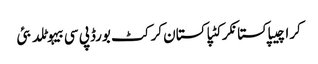
کراچیپاکستانکرکٹپاکستان کرکٹ بورڈپی سی بیہوٹلدبئی